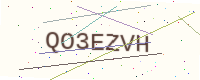
Text: QO3EZVH